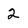
Character: 2